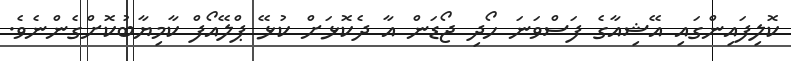
ކޮލިފައިންގައި އޭޝިއާގެ ފަސްވަނަ ހޯދި ޖޯޑަން އާ ދެކޮޅަށް ކުޅޭ ޕްލޭއޯފް ކާމިޔާބުކޮށްގެންނެވެ.